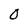
Character: 0